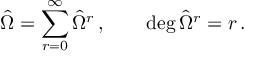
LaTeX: { \hat { \Omega } } = \sum _ { r = 0 } ^ { \infty } { \hat { \Omega } } ^ { r } \, , \qquad \deg { { \hat { \Omega } ^ { r } } } = r \, .